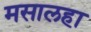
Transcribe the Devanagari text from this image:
मसालहा